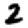
Digit: 2